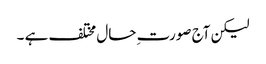
لیکن آج صورت ِحال مختلف ہے ۔